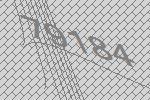
79184